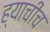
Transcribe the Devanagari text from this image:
ह्याचीच